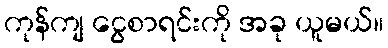
ကုန်ကျ ငွေစာရင်းကို အခု ယူမယ်။